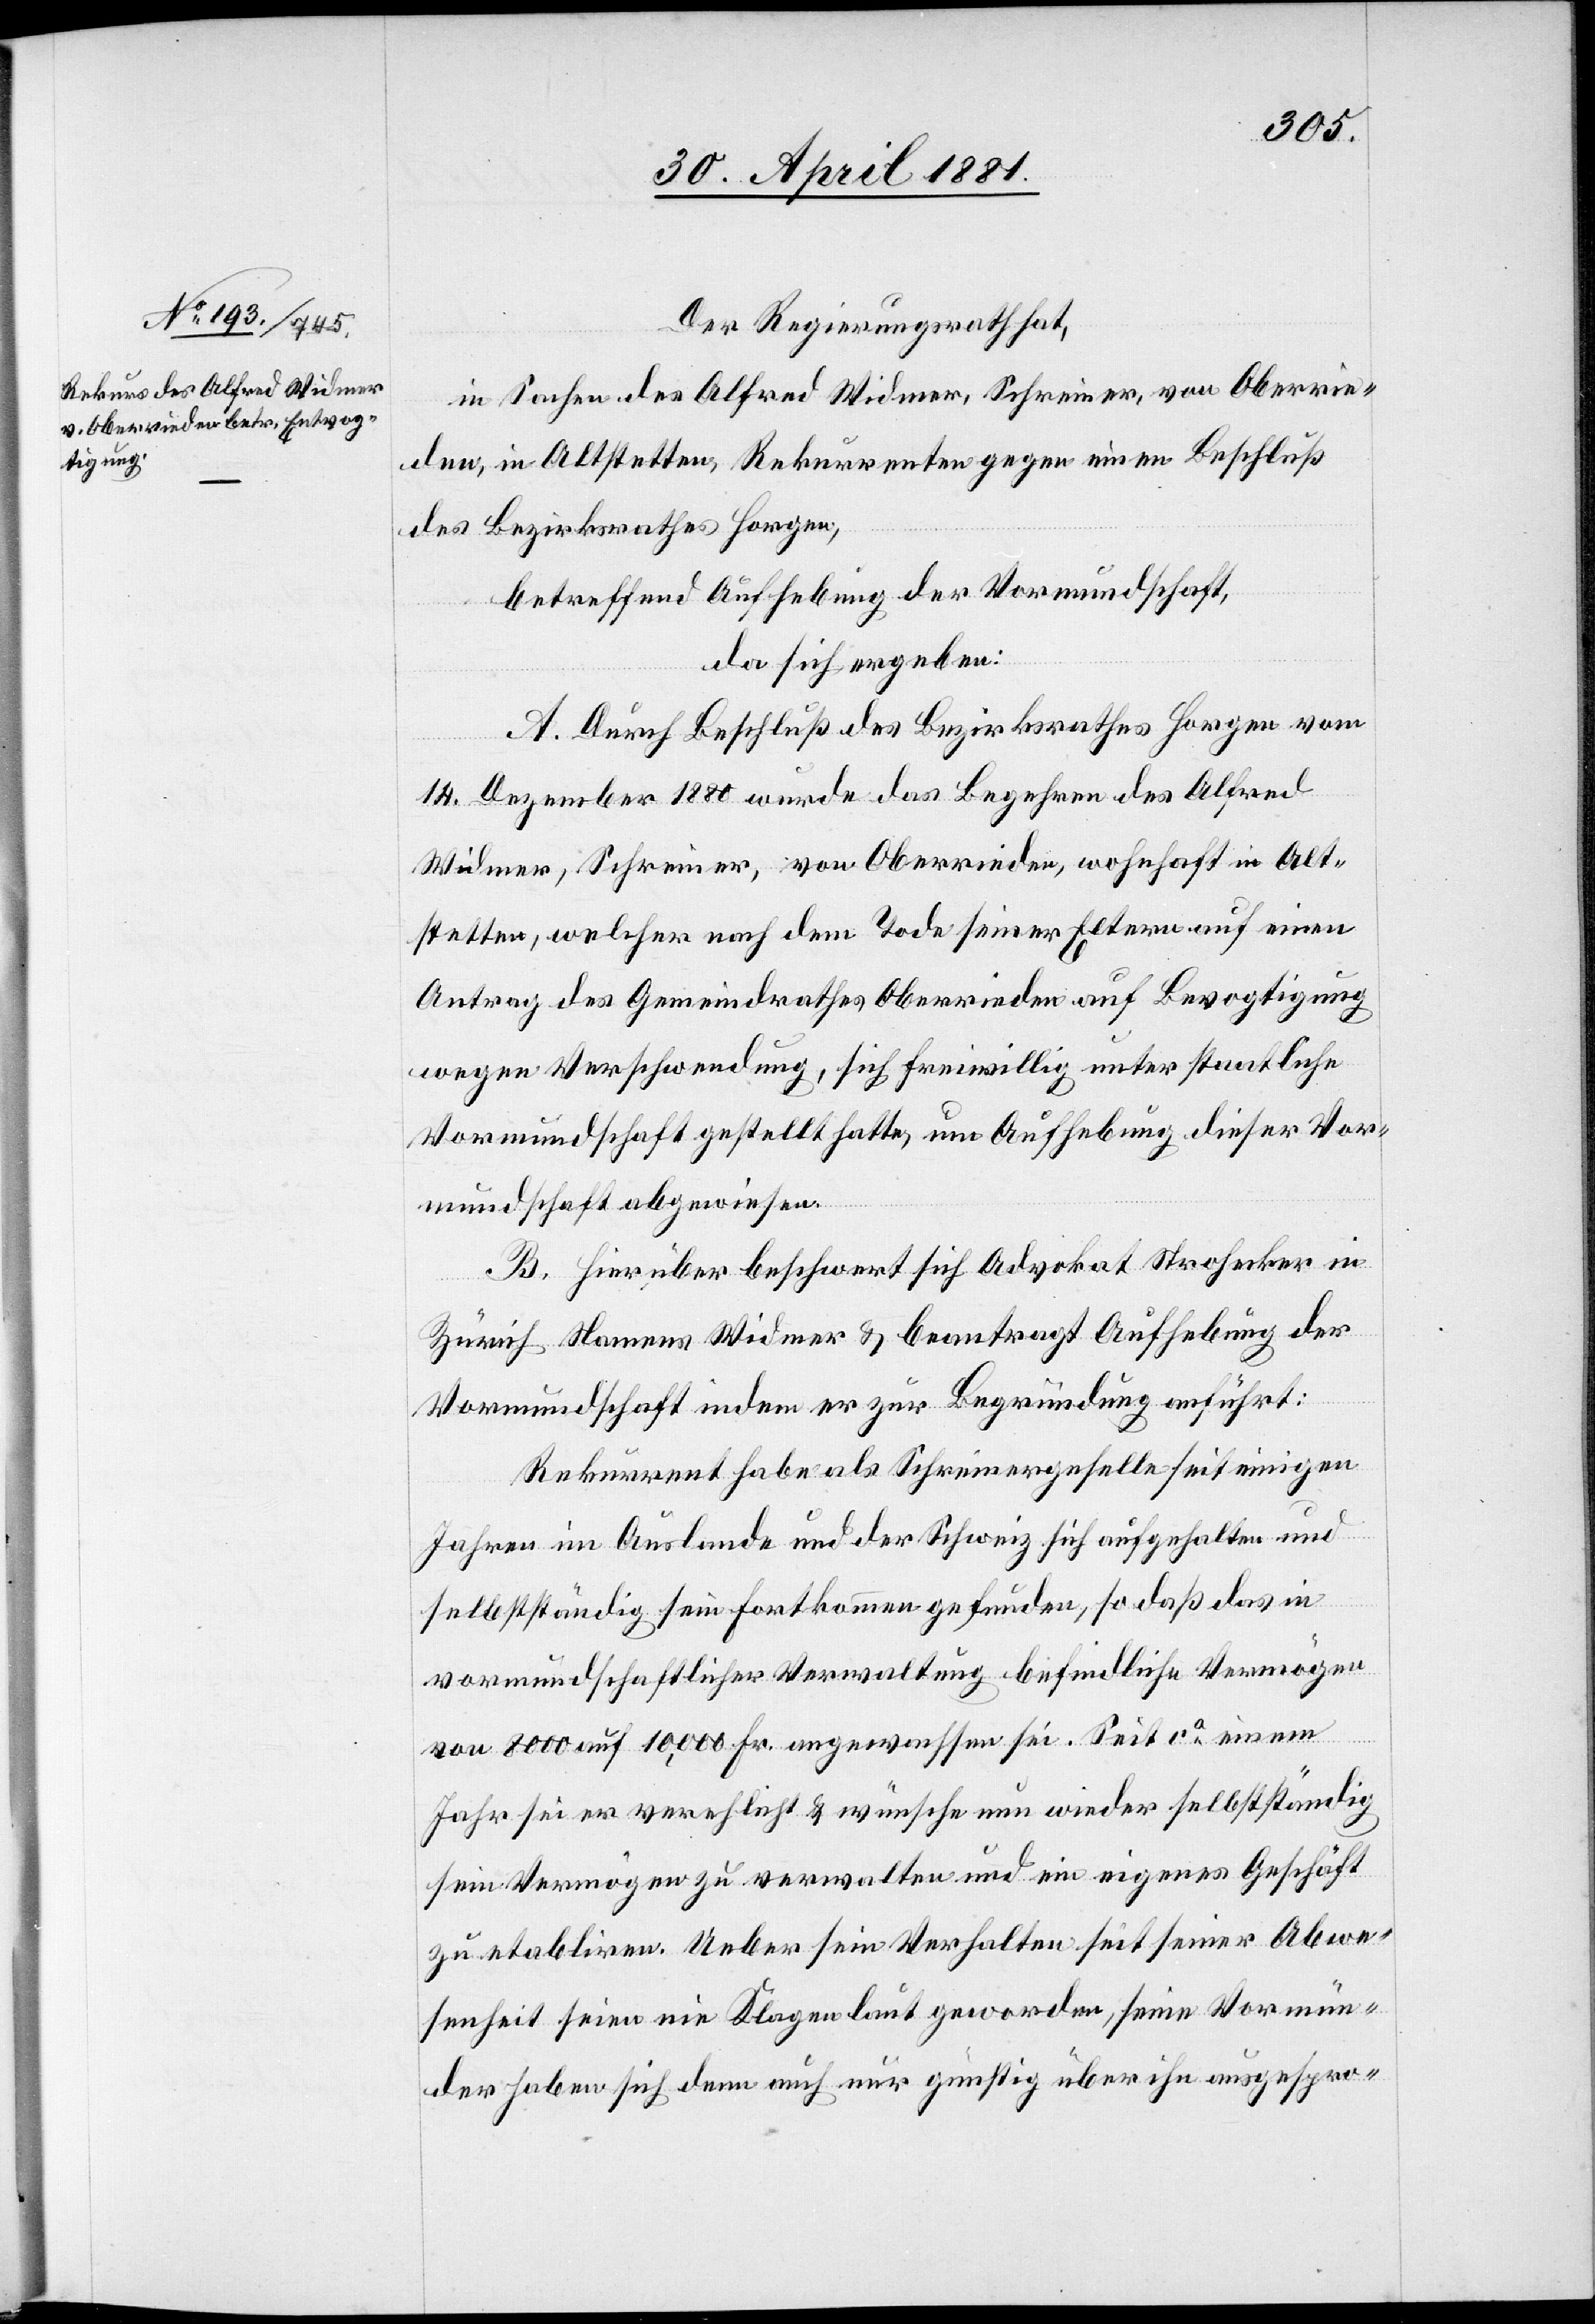
Der Regierungsrath,
in Sachen des Alfred Widmer, Schreiner, von Oberrie¬
den, in Altstetten, Rekurrenten gegen einen Beschluß
des Bezirksrathes Horgen,
betreffend Aufhebung der Vormundschaft,
da sich ergeben:
A. Durch Beschluß des Bezirksrathes Horgen vom
14. Dezember 1880 wurde das Begehren des Alfred
Widmer, Schreiner, von Oberrieden, wohnhaft in Alt¬
stetten, welcher nach dem Tode seiner Eltern auf einen
Antrag des Gemeindrathes Oberrieden auf Bevogtigung
wegen Verschwendung, sich freiwillig unter staatliche
Vormundschaft gestellt hatte, um Aufhebung dieser Vor¬
mundschaft abgewiesen.
B. Hierüber beschwert sich Advokat Strohecker in
Zürich Namens Widmer & beantragt Aufhebung der
Vormundschaft indem er zur Begründung anführt:
Rekurrent habe als Schreinergeselle seit einigen
Jahren im Auslande und der Schweiz sich aufgehalten und
selbstständig sein Fortkommen gefunden, so daß das in
vormundschaftlicher Verwaltung befindliche Vermögen
von 8000 auf 10,000 Fr. angewachsen sei. Seit ca einem
Jahr sei er verehelicht & wünsche nun wieder selbstständig
sein Vermögen zu verwalten und ein eigenes Geschäft
zu etabliren. Ueber sein Verhalten seit seiner Abwe¬
senheit seien nie Klagen laut geworden, seine Vormün¬
der haben sich denn auch nur günstig über ihn ausgespro-